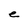
Character: e